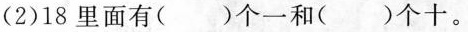
(2)18里面有()个一和()个十。